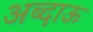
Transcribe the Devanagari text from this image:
अब्दाऊ